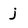
Character: j